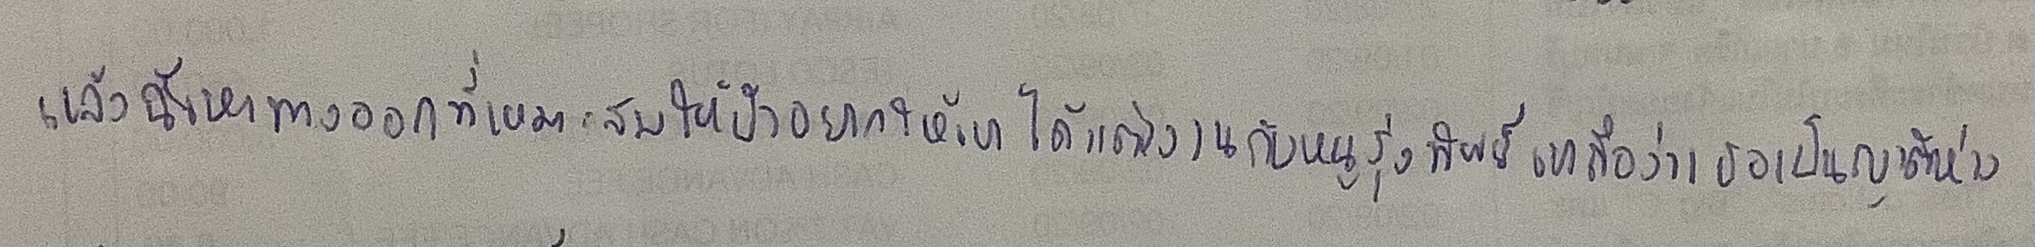
แล้วฉันหาทางออกที่เหมาะสมให้ป้าอยากให้เขาได้แต่งงานกับหนูรุ่งทิพย์เขาถือว่าเธอเป็นญาติห่าง